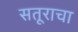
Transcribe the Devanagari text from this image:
सतूराचा